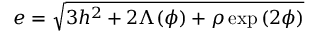
e = \sqrt { 3 h ^ { 2 } + 2 \Lambda ( \phi ) + \rho \exp { ( 2 \phi ) } }